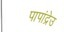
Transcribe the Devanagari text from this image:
पापांद्रेउ